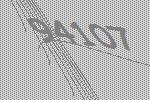
94107